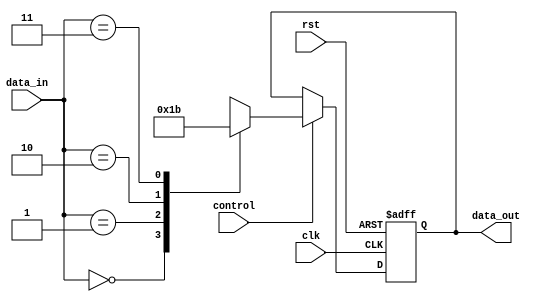
module io_mux_demux (
    input wire clk,           // Clock input
    input wire rst,           // Reset input
    input wire control,       // Control signal input
    input wire [1:0] data_in, // Data input
    output reg [1:0] data_out // Data output
);

reg mux_enable;

always @(posedge clk or posedge rst) begin
    if (rst) begin
        data_out <= 2'b00;
    end else begin
        if (control) begin
            case(data_in)
                2'b00: data_out <= 2'b00;
                2'b01: data_out <= 2'b01;
                2'b10: data_out <= 2'b10;
                2'b11: data_out <= 2'b11;
            endcase
        end
    end
end

endmodule